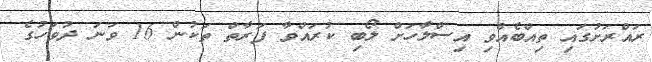
ރައްރަށުގައި ތިއްބެއްވި އިސްލާހަށް ލޯބި ކުރައްވާ ފަރާތް ތަކުން 16 ވަނަ ދުވަހުގެ